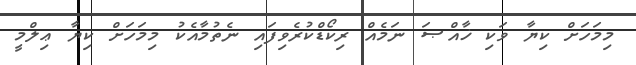
މިމަހަށް ކިޔާ ވަކި ޚާއްޞަ ނަމެއް ރިކޯޑްކުރެވިފައި ނެތުމާއެކު މިމަހަށް ކިޔާ ޢިލްމީ